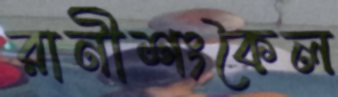
রানীশংকৈল